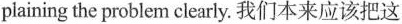
plaining the problem clearly. 我们本来应该把这